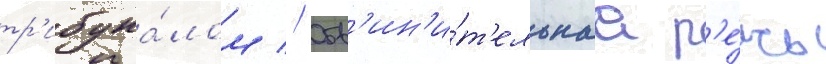
тр'ибуна́лом // Обв'ин'и́т'ельнаа р'е́чь